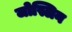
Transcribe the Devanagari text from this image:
जोस्लिन